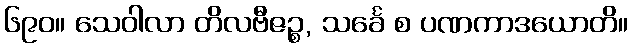
၆၉၀။ သေဝါလာ တိလဗီဇဉ္စ, သင်္ခေ စ ပဏကာဒယောတိ။